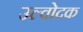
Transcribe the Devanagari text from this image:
उल्वोदक